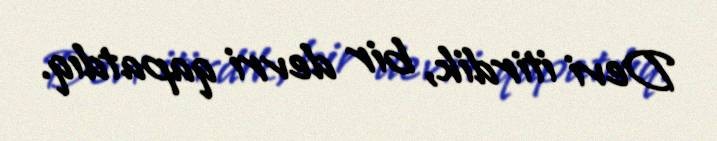
Devi itirdik, bir devri qapatdıq.